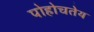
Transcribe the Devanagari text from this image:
पोहोचतेय